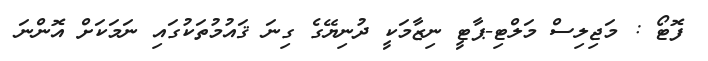
ފޮޓޯ : މަޖިލިސް މަލްޓި-ޕާޓީ ނިޒާމަކީ ދުނިޔޭގެ ގިނަ ޤައުމުތަކުގައި ނަމަކަށް އޮންނަ